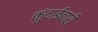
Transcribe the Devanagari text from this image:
कुंदाईबारी